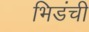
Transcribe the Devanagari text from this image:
भिडंची